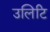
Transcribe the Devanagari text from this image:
उलिटि